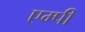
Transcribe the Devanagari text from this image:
एम्पी